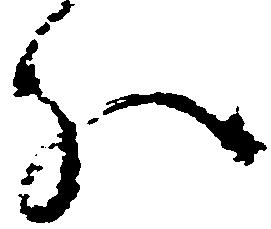
分